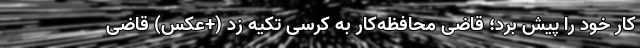
کار خود را پیش بُرد؛ قاضی محافظه‌کار به کرسی تکیه زد (+عکس) قاضی